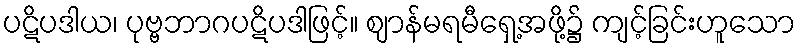
ပဋိပဒါယ၊ ပုဗ္ဗဘာဂပဋိပဒါဖြင့်။ ဈာန်မရမီရှေ့အဖို့၌ ကျင့်ခြင်းဟူသော